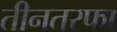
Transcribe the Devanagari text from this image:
तीनतरफा